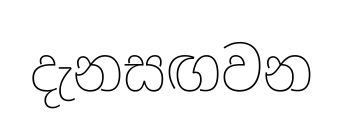
දැනසඟවන